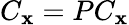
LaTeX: C_{\mathbf{x}}=PC_{\mathbf{x}}